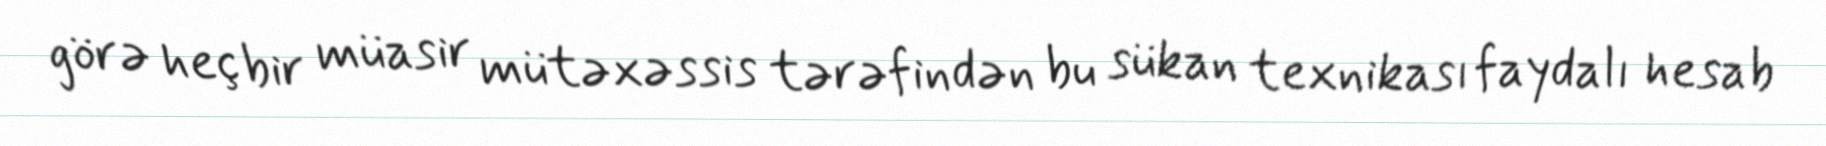
görə heç bir müasir mütəxəssis tərəfindən bu sükan texnikası faydalı hesab